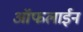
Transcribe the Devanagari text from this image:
आॅफलाईन